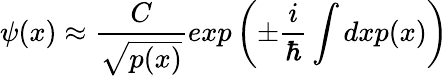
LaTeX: \psi(x)\approx\frac{C}{\sqrt{p(x)}}exp\left(\pm\frac{i}{\hbar}\intop dx\textbf{}p(x)\right)